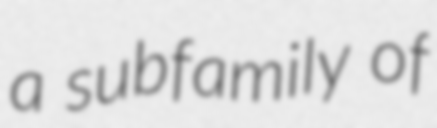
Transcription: a subfamily of